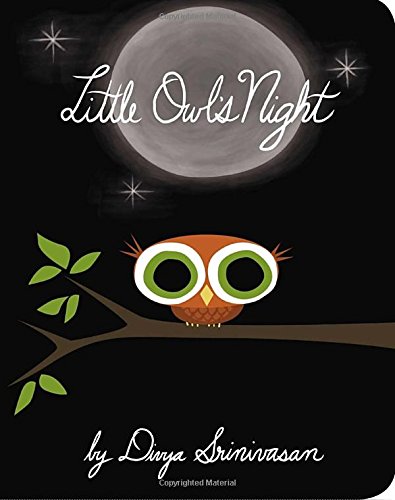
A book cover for Little Owl's Night; Divya Srinivasan; Children's Books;